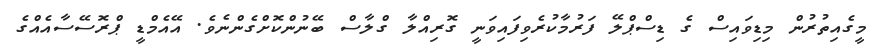
މީގެއިތުރުން މިޑިވައިސް ގެ ޑިސްޕްލޭ ފަރުމާކުރެވިފައިވަނީ ގޮރިއްލާ ގްލާސް ބޭނުންކޮށްގެންނެވެ. އޭއެމްޑީ ޕްރޮސޭސާއެއްގެ